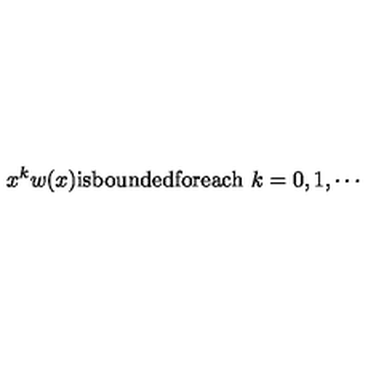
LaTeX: x ^ { k } w ( x ) \mathrm { i s b o u n d e d f o r e a c h } \ k = 0 , 1 , \cdots